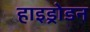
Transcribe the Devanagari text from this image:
हाइड्रोडन